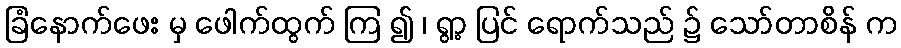
ခြံနောက်ဖေး မှ ဖေါက်ထွက် ကြ ၍ ၊ ရွာ့ ပြင် ရောက်သည် ၌ သော်တာစိန် က